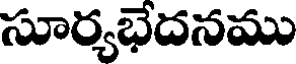
సూర్యభేదనము